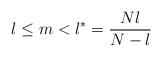
LaTeX: \begin{align*} l\leq m <l^{*}=\frac{Nl}{N-l} \end{align*}